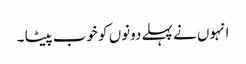
انہوں نے پہلے دونوں کو خوب پیٹا ۔